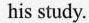
his study.